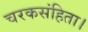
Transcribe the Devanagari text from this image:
चरकसंहिता।